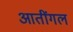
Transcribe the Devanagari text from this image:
आतींगल